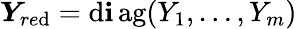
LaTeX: \boldsymbol{Y}_{re\mathrm{d}}=\operatorname{\mathrm{d}\mathbf{i}ag}(Y_{1},\dots,Y_{m})